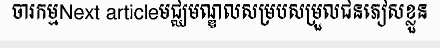
ចារកម្មNext articleមជ្ឈមណ្ឌលសម្របសម្រួលជនភៀសខ្លួន